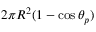
2 \pi R ^ { 2 } ( 1 - \cos \theta _ { p } )